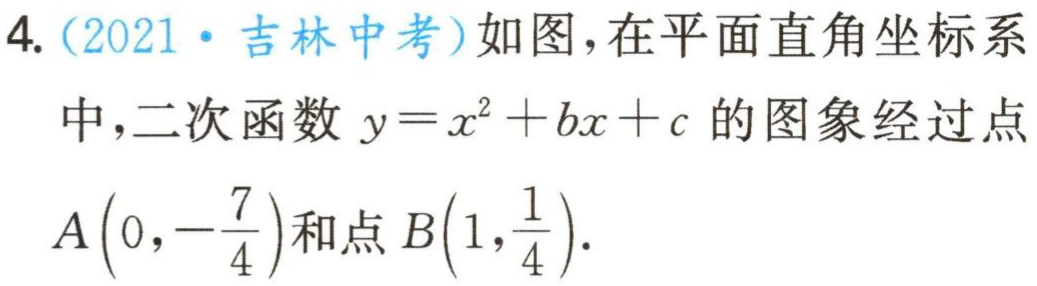
4.（2021·吉林中考）如图，在平面直角坐标系

中，二次函数\(y = x^{2}+bx + c\)的图象经过点

\(A\left(0,-\frac{7}{4}\right)\)和点\(B\left(1,\frac{1}{4}\right)\).